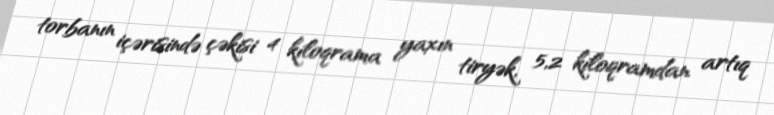
torbanın içərisində çəkisi 4 kiloqrama yaxın tiryək, 5,2 kiloqramdan artıq